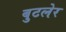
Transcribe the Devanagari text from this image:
बुटलेर